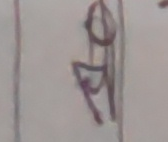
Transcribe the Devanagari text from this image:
गो